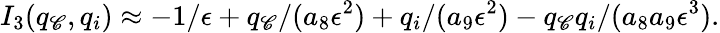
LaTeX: I_{3}(q_{\mathscr{C}},q_{i})\approx-1/\epsilon+q_{\mathscr{C}}/(a_{8}\epsilon^{2})+q_{i}/(a_{9}\epsilon^{2})-q_{\mathscr{C}}q_{i}/(a_{8}a_{9}\epsilon^{3}).